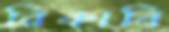
রিকাবি